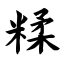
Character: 糅